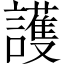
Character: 護